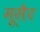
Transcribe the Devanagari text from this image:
मूसैर